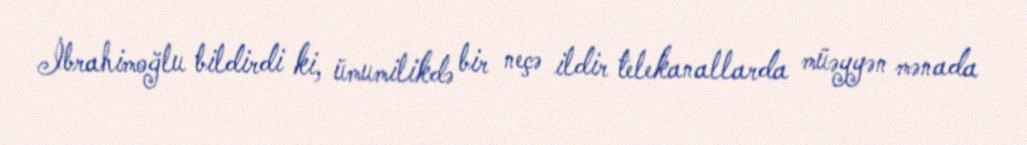
İbrahimoğlu bildirdi ki, ümumilikdə bir neçə ildir telekanallarda müəyyən mənada